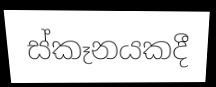
ස්කෑනයකදී